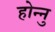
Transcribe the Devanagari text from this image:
होन्नु